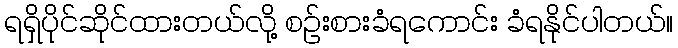
ရရှိပိုင်ဆိုင်ထားတယ်လို့ စဉ်းစားခံရကောင်း ခံရနိုင်ပါတယ်။